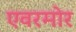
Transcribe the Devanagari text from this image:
एवरमोर